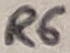
Text: C1